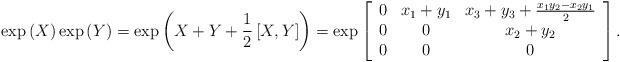
LaTeX: \begin{align*}\exp\left( X\right) \exp\left( Y\right) =\exp\left( X+Y+\frac{1}{2}\left[ X,Y\right] \right) =\exp\left[\begin{array}[c]{ccc}0 & x_{1}+y_{1} & x_{3}+y_{3}+\frac{x_{1}y_{2}-x_{2}y_{1}}{2}\\0 & 0 & x_{2}+y_{2}\\0 & 0 & 0\end{array}\right] .\end{align*}